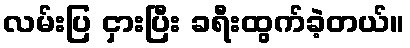
လမ်းပြ ငှားပြီး ခရီးထွက်ခဲ့တယ်။